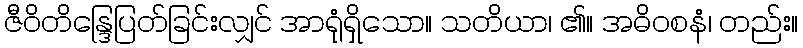
ဇီဝိတိန္ဒြေပြတ်ခြင်းလျှင် အာရုံရှိသော။ သတိယာ၊ ၏။ အဓိဝစနံ၊ တည်း။